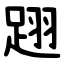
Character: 䟳